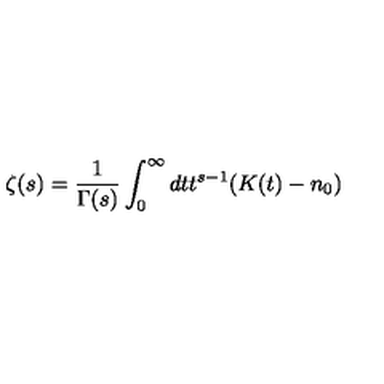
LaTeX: \zeta ( s ) = { \frac { 1 } { \Gamma ( s ) } } \int _ { 0 } ^ { \infty } d t t ^ { s - 1 } ( K ( t ) - n _ { 0 } )